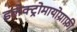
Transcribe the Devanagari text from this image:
इलेक्ट्रोमायोग्राफ़ी